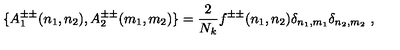
\{ A _ { 1 } ^ { \pm \pm } ( n _ { 1 } , n _ { 2 } ) , A _ { 2 } ^ { \pm \pm } ( m _ { 1 } , m _ { 2 } ) \} = \frac { 2 } { N _ { k } } f ^ { \pm \pm } ( n _ { 1 } , n _ { 2 } ) \delta _ { n _ { 1 } , m _ { 1 } } \delta _ { n _ { 2 } , m _ { 2 } } \ ,